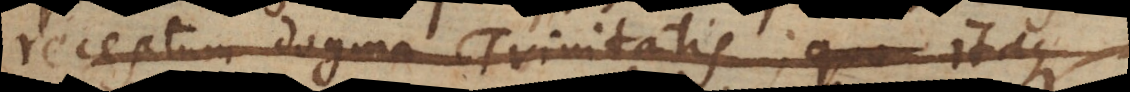
receptum dogma Trinitatis: quo itaque